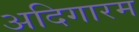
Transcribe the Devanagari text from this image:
अदिगारम